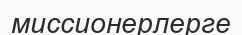
миссионерлерге